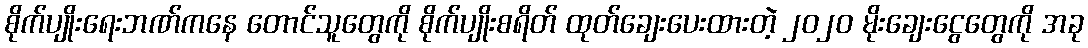
စိုက်ပျိုးရေးဘဏ်ကနေ တောင်သူတွေကို စိုက်ပျိုးစရိတ် ထုတ်ချေးပေးထားတဲ့ ၂၀၂၀ မိုးချေးငွေတွေကို အခု